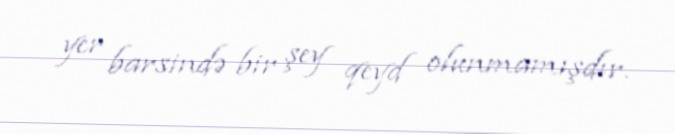
yer barsində bir şey qeyd olunmamışdır.